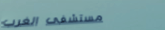
مستشفى الغرب